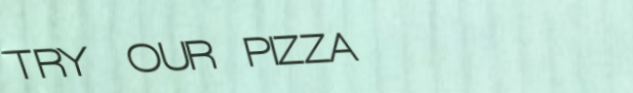
TRY OUR PIZZA